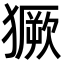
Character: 獗